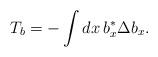
LaTeX: \begin{align*}T_b &= - \int dx \, b_x^* \Delta b_x .\end{align*}